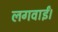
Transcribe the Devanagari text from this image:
लगवाईं।